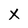
Character: X